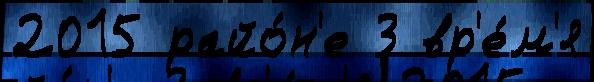
2015 райо́н'е 3 вр'е́м'я